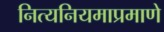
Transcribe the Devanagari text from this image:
नित्यनियमाप्रमाणे